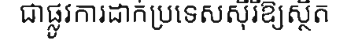
ជាផ្លូវការដាក់ប្រទេសស៊ីរីឱ្យស្ថិត